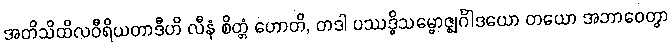
အတိသိထိလဝီရိယတာဒီဟိ လီနံ စိတ္တံ ဟောတိ, တဒါ ပဿဒ္ဓိသမ္ဗောဇ္ဈင်္ဂါဒယော တယော အဘာဝေတွာ